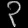
Digit: ၃